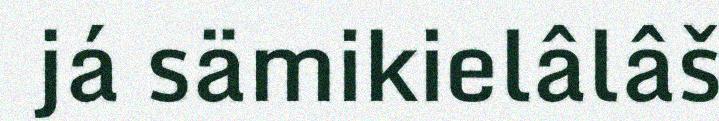
já sämikielâlâš